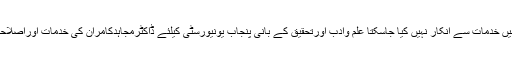
ڈاکٹرمجاہدکامران کی میدان ادب اورتعلیم وتحقیق میں خدمات سے انکار نہیں کیا جاسکتا علم وادب اورتحقیق کے بانی پنجاب یونیورسٹی کیلئے ڈاکٹرمجاہدکامران کی خدمات اوراصلاحات کو کسی صورت فراموش بھی نہیں کیا جاسکتا۔